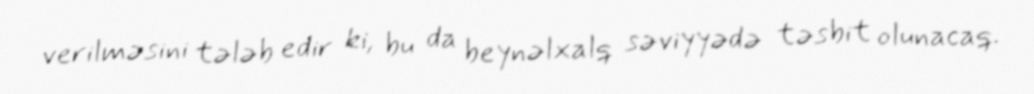
verilməsini tələb edir ki, bu da beynəlxalq səviyyədə təsbit olunacaq.